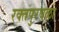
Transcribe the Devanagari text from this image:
रक्तपुरवळा